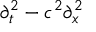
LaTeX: \partial _ { t } ^ { 2 } - c ^ { 2 } \partial _ { x } ^ { 2 }